Civil Veterinary Dept. Bombay admin report 1932-41 - 1932-1941
Year: 1932
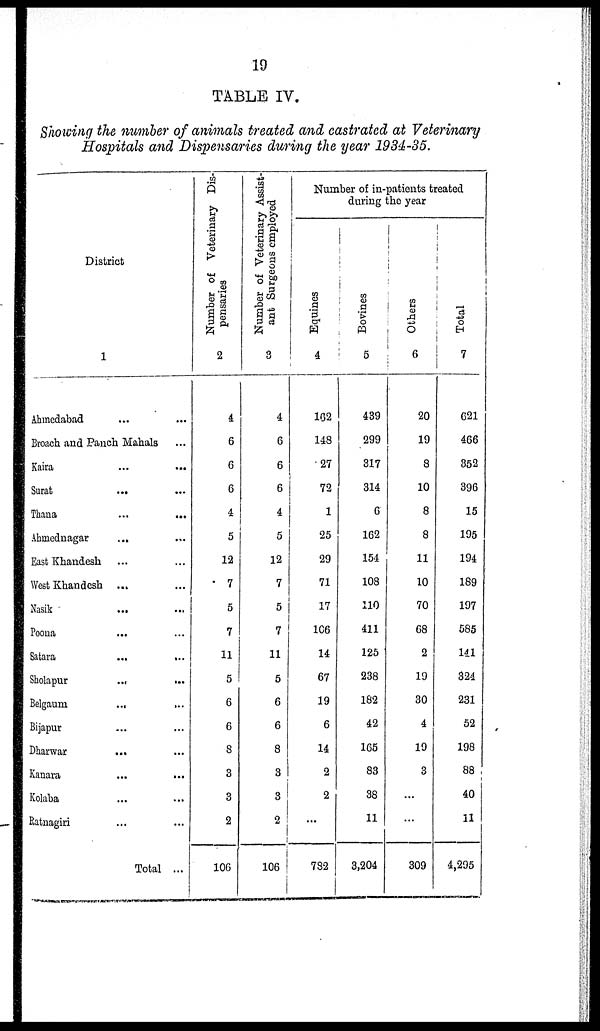
19
TABLE IV.
Showing the number of animals treated and castrated at Veterinary
Hospitals and Dispensaries during the year 1934-35.
District
1
Ahmedabad ... ...
Broach and Panch Mahals ...
Kaira ... ...
Surat ... ...
Thana
...
...
Ahmednagar
... ...
East Khandesh ... ...
West Khandesh ... ...
Nasik
... ...
Poona ... ...
Satara
...
...
Sholapur
...
...
Belgaum
...
...
Bijapur ... ...
Dharwar
... ...
Kanara ... ...
Kolaba ... ...
Ratnagiri ... ...
Total ...
Number of Veterinary Dis-
pensaries
2
4
6
6
6
4
5
12
7
5
7
11
5
6
6
8
3
3
2
106
Number of Veterinary Assist-
ant Surgeons employed
3
4
6
6
6
4
5
12
7
5
7
11
5
6
6
8
3
3
2
106
Number of in-patients treated
during the year
Equines
4
162
148
27
72
1
25
29
71
17
106
14
67
19
6
14
2
2
...
782
Bovines
5
439
299
317
314
6
162
154
108
110
411
125
238
182
42
165
83
38
11
3,204
Others
6
20
19
8
10
8
8
11
10
70
68
2
19
30
4
19
3
...
...
309
Total
7
621
466
352
396
15
195
194
189
197
585
141
324
231
52
198
88
40
11
4,295